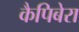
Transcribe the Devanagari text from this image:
कैपिबेरा